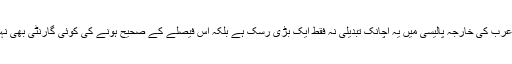
لیکن سعودی عرب کی خارجہ پالیسی میں یہ اچانک تبدیلی نہ فقط ایک بڑی رسک ہے بلکہ اس فیصلے کے صحیح ہونے کی کوئی گارنٹی بھی نہیں پائی جاتی۔